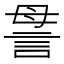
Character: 𧦥